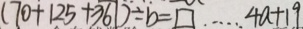
( 7 0 + 1 2 5 + 3 6 1 ) \div b = \square \cdots 4 a + 1 9